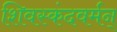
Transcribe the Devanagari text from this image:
शिवस्कंदवर्मन्